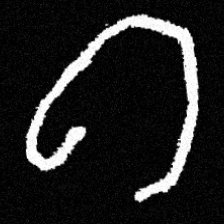
Pyu character \u2014 Myanmar letter: ဂ (romanized: ga)